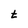
Character: t